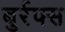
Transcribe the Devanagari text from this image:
बुर्रफ्स